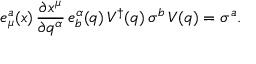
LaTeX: e _ { \mu } ^ { a } ( x ) \, \frac { \partial x ^ { \mu } } { \partial q ^ { \alpha } } \, e _ { b } ^ { \alpha } ( q ) \, V ^ { \dagger } ( q ) \, \sigma ^ { b } \, V ( q ) = \sigma ^ { a } .